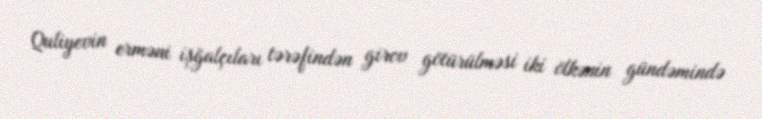
Quliyevin erməni işğalçıları tərəfindən girov götürülməsi iki ölkənin gündəmində